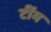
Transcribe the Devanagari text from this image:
टींम